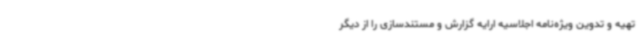
تهیه و تدوین ویژه‌نامه اجلاسیه ارایه گزارش و مستندسازی را از دیگر